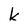
Character: k